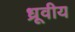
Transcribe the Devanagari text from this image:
ध्रूवीय